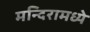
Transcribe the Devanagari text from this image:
मन्दिरामध्ये